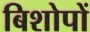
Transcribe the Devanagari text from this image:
बिशोपों